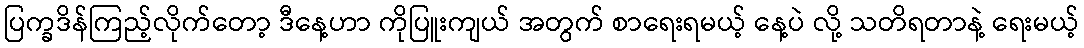
ပြက္ခဒိန်ကြည့်လိုက်တော့ ဒီနေ့ဟာ ကိုပြူးကျယ် အတွက် စာရေးရမယ့် နေ့ပဲ လို့ သတိရတာနဲ့ ရေးမယ့်